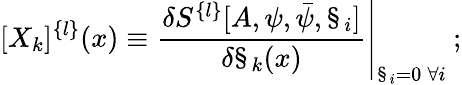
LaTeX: [X_{k}]^{\{ l\} }(x)\equiv\left.\frac{\delta S^{\{ l\} }[A,\psi,\bar{\psi},\S_{i}]}{\delta\S_{k}(x)}\right|_{\S_{i}=0\: \forall i}\: ;